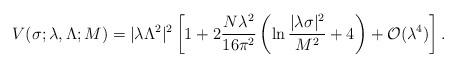
LaTeX: \begin{align*}V(\sigma;\lambda,\Lambda;M)= |\lambda \Lambda^2|^2 \left[1 + 2 \frac{N\lambda^2}{16\pi^2} \left(\ln\frac{|\lambda\sigma|^2}{M^2} +4 \right) + {\cal O}(\lambda^4) \right] .\end{align*}